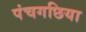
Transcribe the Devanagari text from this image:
पंचगछिया